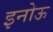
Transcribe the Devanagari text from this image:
इनोऊ